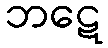
ဘဋေ